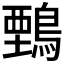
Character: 𪃋